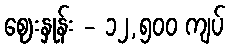
ဈေးနှုန်း - ၁၂,၅၀၀ ကျပ်